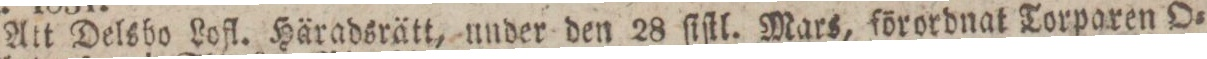
Att Delsbo Lofl. Häradsrätt, under den 28 ſiſtl. Mars, förordnat Torparen O=